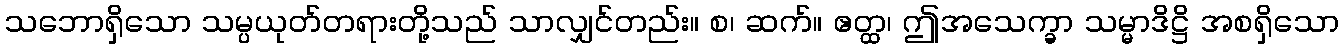
သဘောရှိသော သမ္ပယုတ်တရားတို့သည် သာလျှင်တည်း။ စ၊ ဆက်။ ဧတ္ထ၊ ဤအသေက္ခာ သမ္မာဒိဋ္ဌိ အစရှိသော